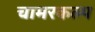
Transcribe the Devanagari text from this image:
चामरकल्प